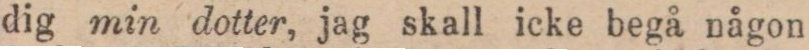
dig min dotter, jag skall icke begå någon